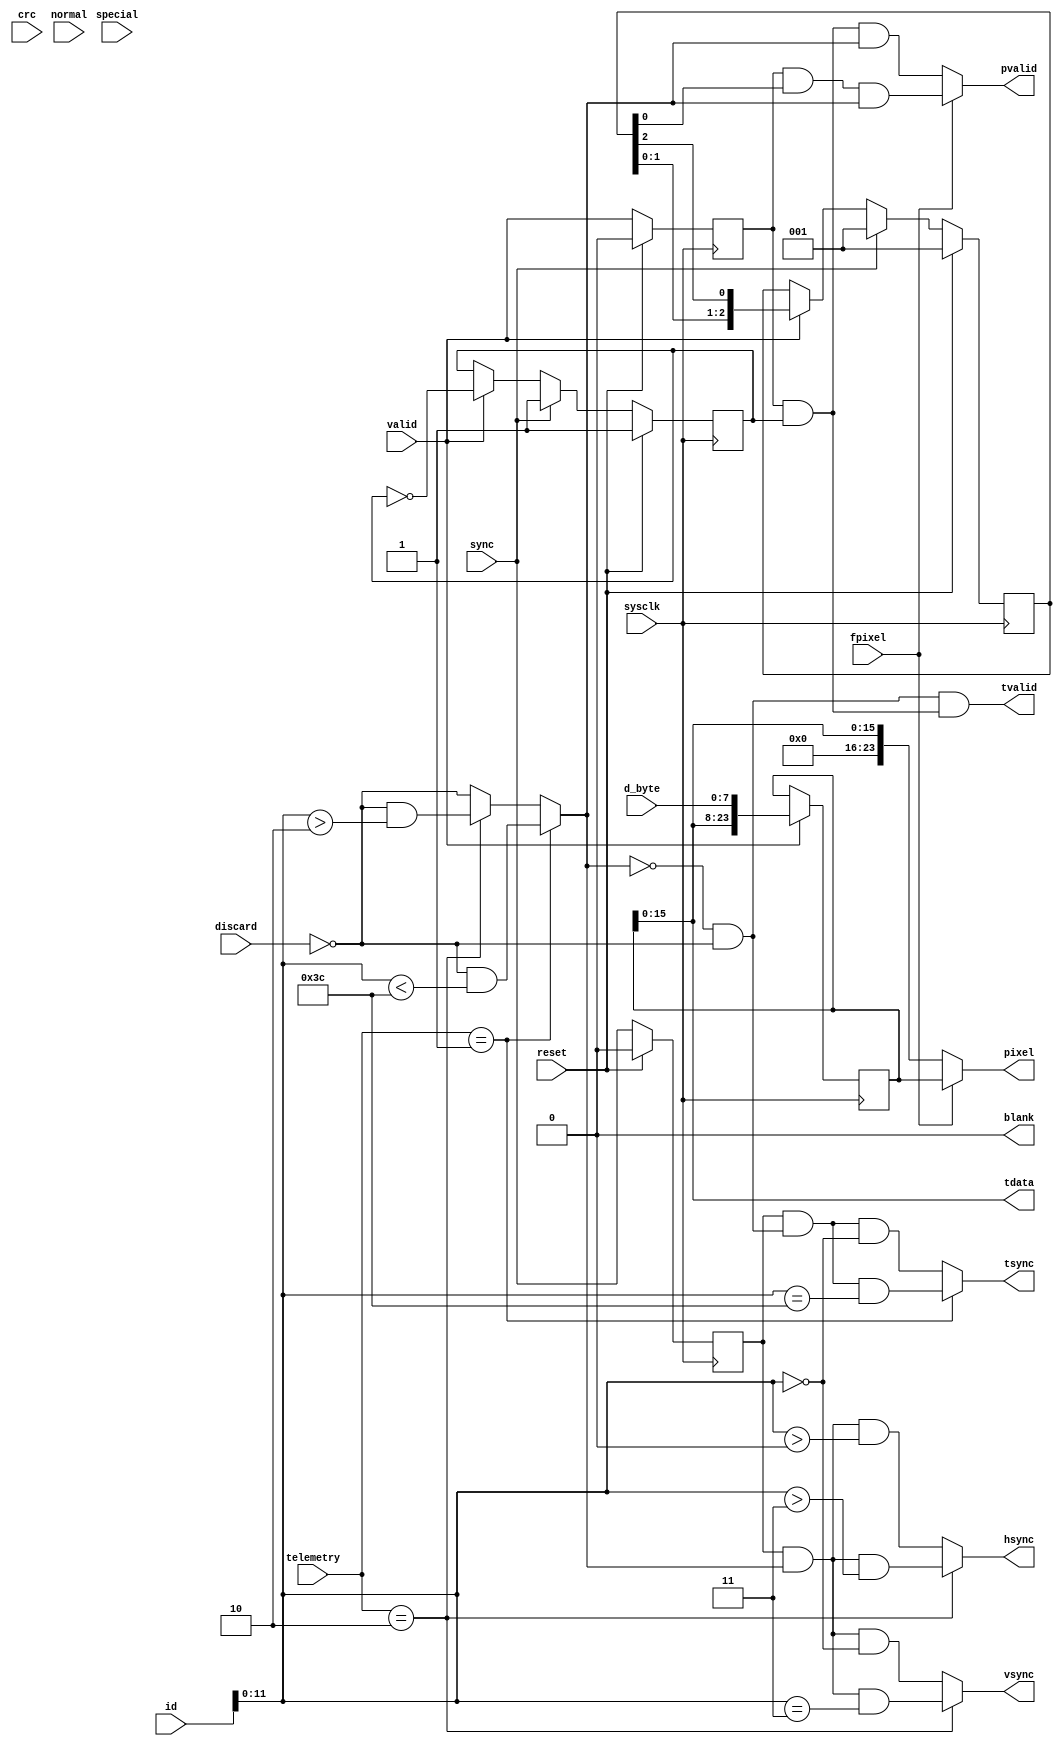
`timescale 1ns / 1ps
`default_nettype none
// Copyright (c) 2016 Jennifer Holt
//
// Permission is hereby granted, free of charge, to any person obtaining a copy of this software and 
// associated documentation files (the "Software"), to deal in the Software without restriction,
// including without limitation the rights to use, copy, modify, merge, publish, distribute,
// sublicense, and/or sell copies of the Software, and to permit persons to whom the Software is
// furnished to do so, subject to the following conditions:
//
// The above copyright notice and this permission notice shall be included in all copies or
// substantial portions of the Software.

// THE SOFTWARE IS PROVIDED "AS IS", WITHOUT WARRANTY OF ANY KIND, EXPRESS OR IMPLIED, INCLUDING BUT
// NOT LIMITED TO THE WARRANTIES OF MERCHANTABILITY, FITNESS FOR A PARTICULAR PURPOSE AND
// NONINFRINGEMENT. IN NO EVENT SHALL THE AUTHORS OR COPYRIGHT HOLDERS BE LIABLE FOR ANY CLAIM,
// DAMAGES OR OTHER LIABILITY, WHETHER IN AN ACTION OF CONTRACT, TORT OR OTHERWISE, ARISING FROM, OUT
// OF OR IN CONNECTION WITH THE SOFTWARE OR THE USE OR OTHER DEALINGS IN THE SOFTWARE.

//////////////////////////////////////////////////////////////////////////////////
// Company: 
// 
// Design Name: 
// Module Name:    Lepton_framer 
// Project Name: 
// Target Devices: 
// Tool versions: 
// Description: Takes the packet data stream from Lepton_packet and formats the data into a video stream.
//			 Has output stream for telemetry data if enabled. 
//              Inputs for selecting telemetry mode and pixel format. Parameter for Lepton Version.
//
// Output video timing: note no hsync pulse before row 0. hsync pulse preceds all rows 1 and higher.
// sysclk __--__--__--| |__--__--| ~ |__--__--| |__--__--| |__--__--| ~ |__--__--| ~~ |__--__--| |__--__--
// vsync  ______----__| |________| ~ |________| |________| |________| ~ |________| ~~ |________| |__----__
// hsync  ____________| |________| ~ |________| |__----__| |________| ~ |________| ~~ |________| |________
// pvalid ____________| |__----__| ~ |__----__| |________| |__----__| ~ |__----__| ~~ |__----__| |________
// pixel  ======xxxxxx| |x{p_0,0=| ~ |={p_c,0=| |========| |={p_0,1=| ~ |={p_c,1=| ~~ |={p_c,r=| |==xxxxxx
//
//
// Output tlemetry timing:
// sysclk __--__--__--| |__--__--| |__--__--| ~ |__--__--__| |__--__--
// tsync  ______----__| |________| |________| ~ |__________| |__----__
// tvalid ____________| |__----__| |__----__| ~ |__----____| |________
// tdata  ======xxxxxx| |x{word0=| |={word1=| ~ |={word239=| |==xxxxxx
//
// Dependencies: None
//
// Revision: 
// Revision 0.01 - File Created
// Additional Comments: 
//
//////////////////////////////////////////////////////////////////////////////////
module Lepton_framer#(
	parameter VERSION = 0,			//set VERSION=0 for Lepton2, VERSION != 0 for Lepton3
	parameter NPACKET = 60			//number of packets in a segment, without telemetry packets (for debugging)
	)(
	input wire sysclk,
	input wire reset,
	
	//format inputs
	input wire fpixel,				//pixel format 0= raw14, 1= RGB888 (must match settings on camera and fpixel on Lepton_packet)
	input wire [1:0] telemetry,		//telemetry mode. 2'b00 = disabled, 2'b01 = footer, 2'b10 = header, 2'b11 = reserved
	
	//inputs from Lepton_packet
	input wire sync,
	input wire [15:0] id,
	input wire [15:0] crc,
	input wire valid,
	input wire [7:0] d_byte,
	input wire discard,
	input wire normal,
	input wire special,
	
	//video output
	output wire vsync,				//strobe at the beginning of each full frame
	output wire hsync,				//strobe at the beginning of each line
	output wire pvalid,				//strobe for each pixel
	output wire [23:0] pixel,		//pixel data {RR,GG,BB} or {10'hxxx, 14'hnnnnn}
	
	//telemetry output
	output wire tsync,				//strobe at beginning of telemetry data
	output wire tvalid,				//strobe for each telemetry data word
	output wire [15:0] tdata,		//16-bit telemetry word.
	//debugging output
	output wire blank				//debug output
    );

	reg [23:0] byte_buffer;			//buffer to collect bytes into words
	wire [23:0] byte_buffer_next;
	reg valid_q, sync_q;			//delayed timing signals
	reg strobe2;					//toggle for strobe every 2 bytes
	reg [2:0] strobe3;				//counter for strobe every 3 bytes
	
	wire p3valid;					//single cycle strobe for a three byte word
	wire p2valid;					//single cycle strobe for a two byte word
	wire Vdata, Tdata;				//enables for video data or telemetry data
	
	//byte buffer logic
	assign byte_buffer_next = (valid) ? {byte_buffer[15:0], d_byte} : byte_buffer;
	always @(posedge sysclk) byte_buffer <= byte_buffer_next;
	
	//pixel mapping
	assign pixel = (fpixel) ? byte_buffer : {8'h00, byte_buffer[15:0]};
	
	//telemetry mapping
	assign tdata = byte_buffer[15:0];
	
	//data strobes
	assign p3valid = valid_q & strobe3[0];
	assign p2valid = valid_q & strobe2;
	
	always @(posedge sysclk) begin
		if (reset) begin
			valid_q <= 1'b0;
			sync_q <= 1'b0;
			strobe2 <= 1'b1;
			strobe3 <= 3'b001;
		end else begin
			valid_q <= valid;
			sync_q <= sync;
			if (sync) begin
				strobe2 <= 1'b1;
				strobe3 <= 3'b001;
			end else if (valid) begin
				strobe2 <= !strobe2;
				strobe3 <= {strobe3[1:0], strobe3[2]};
			end else begin
				strobe2 <= strobe2;
				strobe3 <= strobe3;
			end
		end
	end

	//this bit does the specifics for Lepton 2/3
	generate
		if (VERSION == 0) begin
			assign blank = 0;
			assign Tdata = !Vdata & !discard;
			assign pvalid = (fpixel) ? p3valid & Vdata : p2valid & Vdata;
			assign tvalid = Tdata & p2valid;
			assign Vdata = (telemetry == 2'b01)	?	!discard & id[11:0] < NPACKET		:	//footer
						(telemetry == 2'b10)	?	!discard & id[11:0] > 12'd2		:	//header
						 !discard;
			
			assign vsync = (telemetry == 2'b10)	?	sync_q & Vdata & id[11:0] == 12'd3	:	
						 sync_q & Vdata & id[11:0] == 12'd0;
			assign hsync = (telemetry == 2'b10)	?	sync_q & Vdata & id[11:0] > 12'd3	:
						 sync_q & Vdata & id[11:0] > 0;
			assign tsync = (telemetry == 2'b01)	?	sync_q & Tdata & id[11:0] == NPACKET	:
						 sync_q & Tdata & id[11:0] == 12'd0;
		end else begin
			reg LastSeg;						//flag for Segment 1 at packet 20.
			wire LastSeg_next;
			reg [11:0] SegSync;					//delay line to shift LastSeg pulse to start of valid frame
			wire [11:0] SegSync_next;
			reg blank_q;						//register to blank output during invalid frames
			wire blank_q_next;
			reg hsToggle;						//toggle bit to divide hsync by 2
			wire hsToggle_next, hsync1;
			
			always @(posedge sysclk) begin
				LastSeg <= LastSeg_next;
				SegSync <= SegSync_next;
				hsToggle <= hsToggle_next;
				blank_q <= blank_q_next;
			end
			
			//decode segment number. unfortunately segment number is reported on the 21st packet (id==20) so it is a bit late.
			//feed into a delay line to sync it up.
			assign LastSeg_next =	(reset) 								? 1'b0	:
								(sync_q & special & id[14:12] == 3'b001)	? 1'b1	:
								(sync_q & special & id[14:12] != 3'b000)	? 1'b0	:
								 LastSeg;
			
			//delay line delay by 12 to get to the next valid frame
			assign SegSync_next = 	(reset) ? 12'h000	:
								(sync & !discard & id[11:0] == 12'd0)	?	{SegSync[10:0], LastSeg}	:
								 SegSync;
								 
			//need a blanking signal which only allows valid frames through
			assign blank_q_next = (reset)			?	1'b1	:
							  (SegSync[11])	?	1'b0	:
							  (SegSync[3])		?	1'b1	:
							   blank_q;
			assign blank = (blank_q | SegSync[3]) & !SegSync[11];	//need to tweak the blanking period ends.
		
			assign Tdata = !Vdata & !discard & !blank;
			assign pvalid = (fpixel) ? p3valid & !blank & Vdata : p2valid & !blank & Vdata;
			assign tvalid = Tdata & p2valid;
			
			assign Vdata = (telemetry == 2'b01)	?	!discard & (id[11:0] < NPACKET-3 | !SegSync[2])	:	//footer
						(telemetry == 2'b10)	?	!discard & (id[11:0] > 12'd3 | !SegSync[11])		:	//header
						 !discard;

			assign vsync = (telemetry == 2'b10)	?	sync_q & !blank & id[11:0] == 12'd4 & SegSync[11]	:	
						 sync_q & !blank & id[11:0] == 12'd0 & SegSync[11];

			//Lepton3 hsync is more complicated, since there are two packets per video line
			assign hsToggle_next =	(reset)	?	1'b0		:
								(blank)	?	1'b0		:
                                        (vsync)   ?    1'b0      :
								(hsync1)	?	!hsToggle	:
								 hsToggle;
								 
	
			assign hsync1 = (telemetry == 2'b10)	?	sync_q & Vdata & !blank & (id[11:0] > 12'd4	| !SegSync[11]):
						 sync_q & !blank & Vdata;
			assign hsync = hsync1 & hsToggle;
		
			assign tsync = (telemetry == 2'b01)	?	sync_q & Tdata & id[11:0] == NPACKET-3 & SegSync[2]	:
						 sync_q & Tdata & id[11:0] == 12'd0 & SegSync[11];
		end
	endgenerate

endmodule